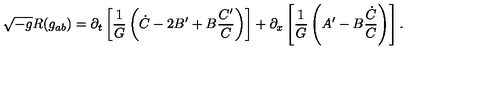
\sqrt { - g } R ( g _ { a b } ) = \partial _ { t } \left[ \frac { 1 } { G } \left( \dot { C } - 2 B ^ { \prime } + B \frac { C ^ { \prime } } { C } \right) \right] + \partial _ { x } \left[ \frac { 1 } { { G } } \left( A ^ { \prime } - B \frac { \dot { C } } { C } \right) \right] .